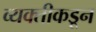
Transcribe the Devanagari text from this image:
व्यक्‍तीकडून